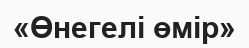
«Өнегелі өмір»